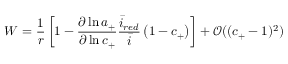
W = \frac { 1 } { r } \left[ 1 - \frac { \partial \ln { a _ { + } } } { \partial \ln { c _ { + } } } \frac { \bar { i } _ { r e d } } { \bar { i } } \left( 1 - c _ { + } \right) \right] + \mathcal { O } ( ( c _ { + } - 1 ) ^ { 2 } )